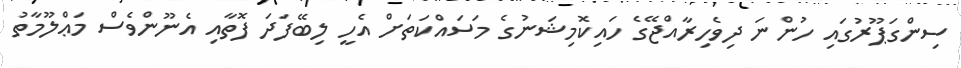
ސިންގަޕޫރުގައި ހުންނަ ދިވެހިރާއްޖޭގެ ހައިކޮމިޝަނުގެ މަސައްކަތަށް އެހީ ލިބޭފަދަ ފޮތާއި އެނޫންވެސް މަޢްލޫމާތު